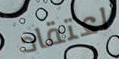
اعتقاد